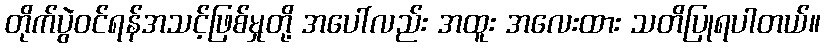
တိုက်ပွဲဝင်ရန်အသင့်ဖြစ်မှုတို့ အပေါ်လည်း အထူး အလေးထား သတိပြုရပါတယ်။